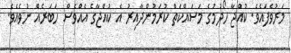
މަރުވެފައެވެ. ކުއްޖާ ހޯދުމުގެ މަސައްކަތް ކުރަމުންދާއިރު އެ ކުއްޖާގެ އެއްވެސް ހަބަރެއް ނުވެއެވެ.